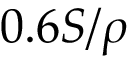
0 . 6 S / \rho